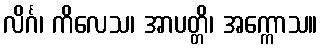
လိင်္ဂ၊ ကိလေသ၊ အာပတ္တိ၊ အက္ကောသ။